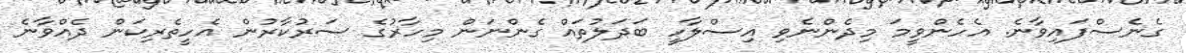
ގެނެސްފައިވާނެ. އެހެންވީމަ މިދެންނެވި އިިސްލާހީ ބަދަލުތައް ގެންނަން މިހާރުގެ ސަރުކާރުން އެހީތެރިކަން ދެއްވާނެ